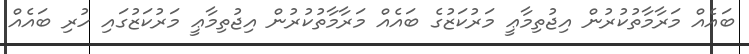
ބައެއް މަރާމާތުކުރުން އިޖުތިމާޢީ މަރުކަޒުގެ ބައެއް މަރާމާތުކުރުން އިޖުތިމާޢީ މަރުކަޒުގައި ހުރި ބައެއް